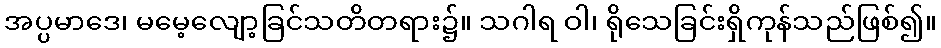
အပ္ပမာဒေ၊ မမေ့လျော့ခြင်သတိတရား၌။ သဂါရ ဝါ၊ ရိုသေခြင်းရှိကုန်သည်ဖြစ်၍။